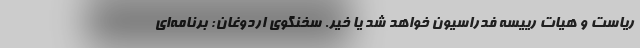
ریاست و هیات رییسه فدراسیون خواهد شد یا خیر. سخنگوی اردوغان: برنامه‌ای